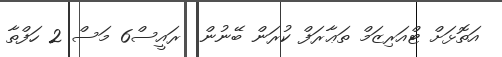
އަތޮޅަށް ޓްއަރިޒަމް ތަޢާރަފް ކުރަން ބޭނުން  ރައީސް6 މަސް 2 ހަފްތާ